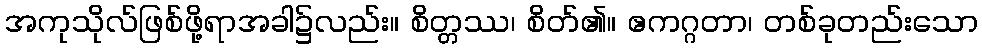
အကုသိုလ်ဖြစ်ဖို့ရာအခါ၌လည်း။ စိတ္တဿ၊ စိတ်၏။ ဧကဂ္ဂတာ၊ တစ်ခုတည်းသော